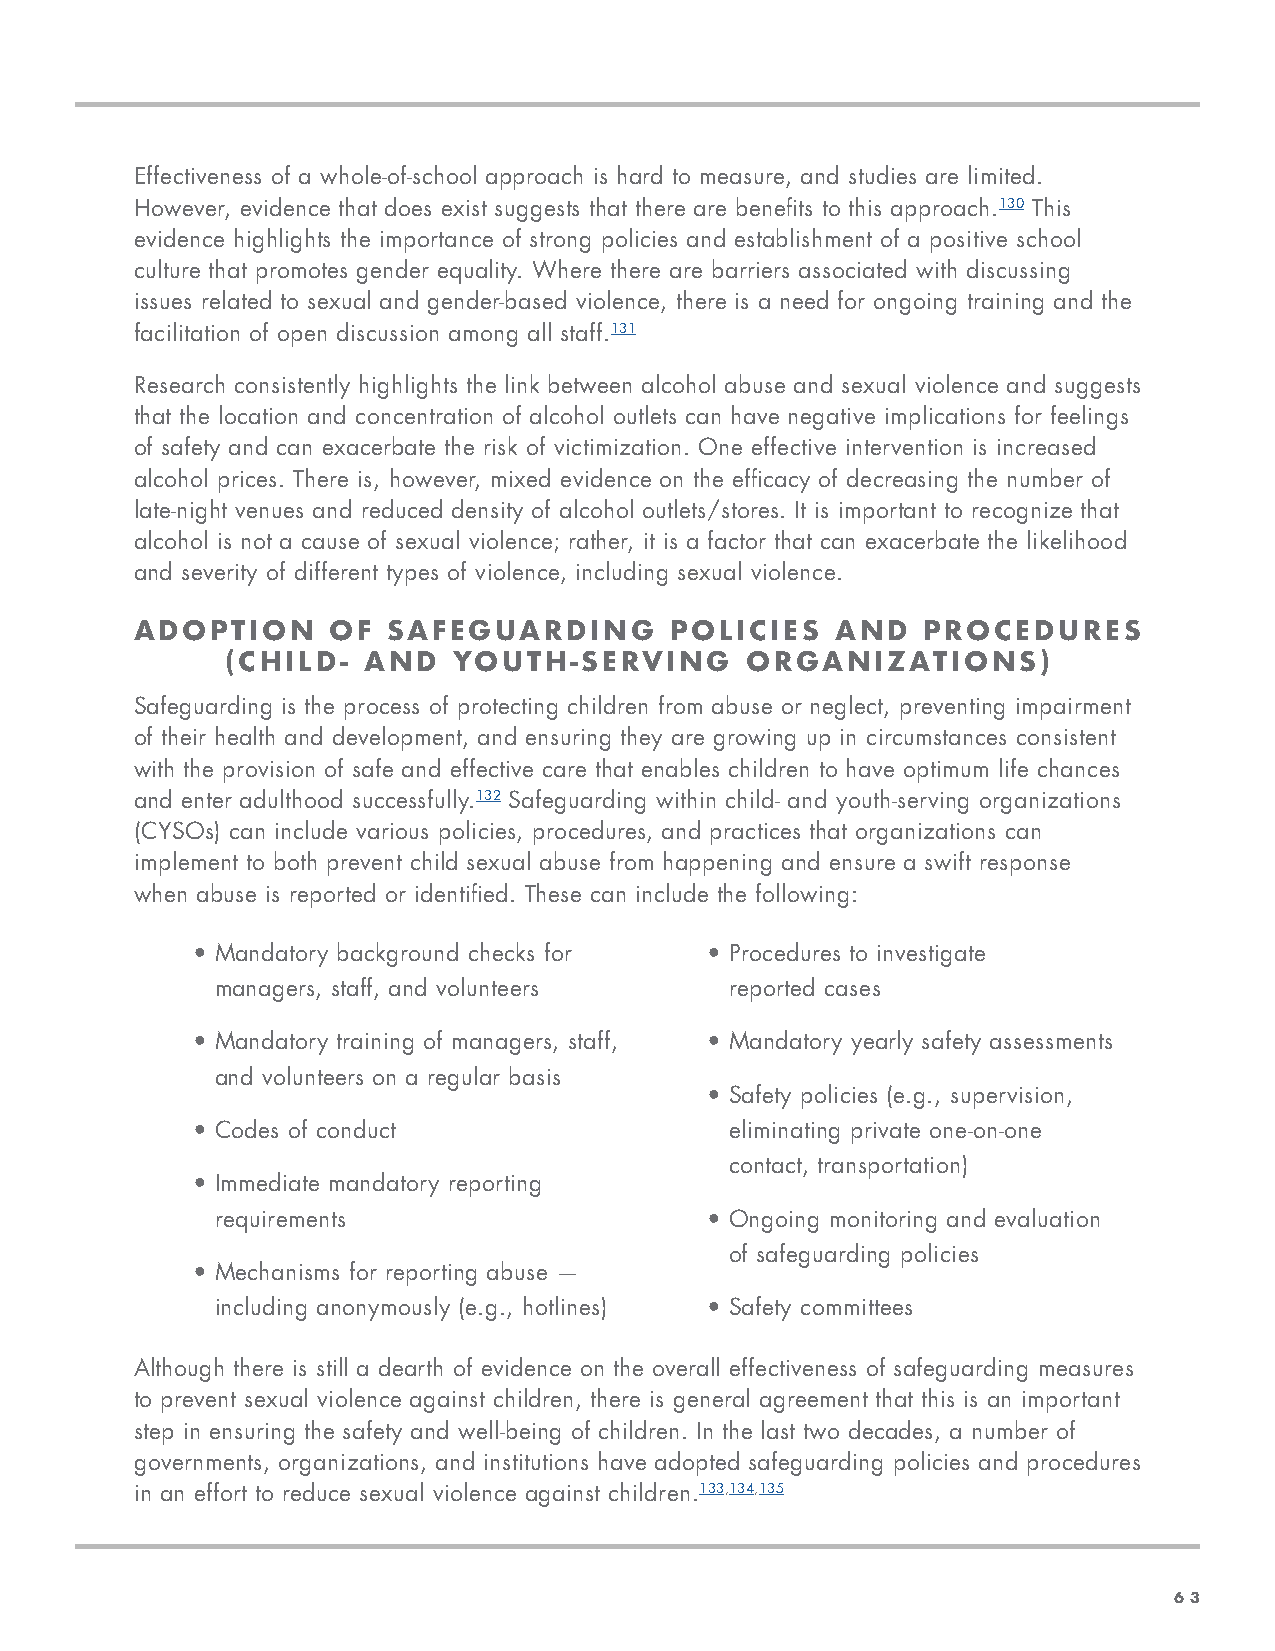
Effectiveness of a whole-of-school approach is hard to measure, and studies are limited.
 However, evidence that does exist suggests that there are benefits to this approach.130 This
 evidence highlights the importance of strong policies and establishment of a positive school
 culture that promotes gender equality. Where there are barriers associated with discussing
 issues related to sexual and gender-based violence, there is a need for ongoing training and the
 facilitation of open discussion among all staff.131
 Research consistently highlights the link between alcohol abuse and sexual violence and suggests
 that the location and concentration of alcohol outlets can have negative implications for feelings
 of safety and can exacerbate the risk of victimization. One effective intervention is increased
 alcohol prices. There is, however, mixed evidence on the efficacy of decreasing the number of
 late-night venues and reduced density of alcohol outlets/stores. It is important to recognize that
 alcohol is not a cause of sexual violence; rather, it is a factor that can exacerbate the likelihood
 and severity of different types of violence, including sexual violence.
 ADOPTION     OF  SAFEGUARDING      POLICIES   AND   PROCEDURES
 (CHILD-  AND   YOUTH-SERVING      ORGANIZATIONS)
 Safeguarding is the process of protecting children from abuse or neglect, preventing impairment
 of their health and development, and ensuring they are growing up in circumstances consistent
 with the provision of safe and effective care that enables children to have optimum life chances
 and enter adulthood successfully.132 Safeguarding within child- and youth-serving organizations
 (CYSOs) can include various policies, procedures, and practices that organizations can
 implement to both prevent child sexual abuse from happening and ensure a swift response
 when abuse is reported or identified. These can include the following:
 • Mandatory background checks for • Procedures to investigate
 managers, staff, and volunteers   reported cases
 • Mandatory training of managers, staff, • Mandatory yearly safety assessments
 and volunteers on a regular basis
 • Safety policies (e.g., supervision,
 • Codes of conduct                 eliminating private one-on-one
 contact, transportation)
 • Immediate mandatory reporting
 requirements                     • Ongoing monitoring and evaluation
 of safeguarding policies
 • Mechanisms for reporting abuse —
 including anonymously (e.g., hotlines) • Safety committees
 Although there is still a dearth of evidence on the overall effectiveness of safeguarding measures
 to prevent sexual violence against children, there is general agreement that this is an important
 step in ensuring the safety and well-being of children. In the last two decades, a number of
 governments, organizations, and institutions have adopted safeguarding policies and procedures
 in an effort to reduce sexual violence against children.133,134,135
 63